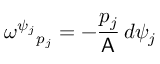
\omega ^ { \psi _ { j } } { } _ { p _ { j } } = - \frac { p _ { j } } { \mathsf { A } } \, d \psi _ { j }